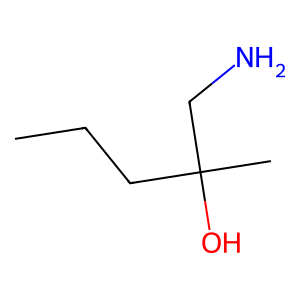
SMILES: CCCC(C)(O)CN
Inhibits HIV replication: No